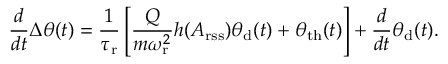
\frac { d } { d t } \Delta \theta ( t ) = \frac { 1 } { \tau _ { \mathrm { r } } } \left[ \frac { Q } { m \omega _ { \mathrm { r } } ^ { 2 } } h ( A _ { \mathrm { r s s } } ) \theta _ { \mathrm { d } } ( t ) + \theta _ { \mathrm { t h } } ( t ) \right] + \frac { d } { d t } \theta _ { \mathrm { d } } ( t ) .